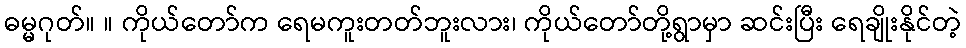
ဓမ္မဂုတ်။ ။ ကိုယ်တော်က ရေမကူးတတ်ဘူးလား၊ ကိုယ်တော်တို့ရွာမှာ ဆင်းပြီး ရေချိုးနိုင်တဲ့